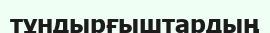
тұндырғыштардың